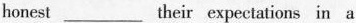
honest___their expectations in a